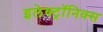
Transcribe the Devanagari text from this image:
इलेक्ट्राॅनिक्स